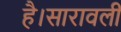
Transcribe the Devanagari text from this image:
है।सारावली